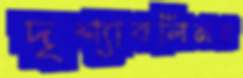
দৃশ্যাবলিময়